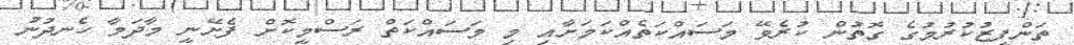
ތަންފީޒުކުރުމުގެ ގޮތުން ކުރެވޭ މަސައްކަތެއްކަމަށާއި މި މަސައްކަތް ރަސްމީކޮށް ފެށޭނީ މާދަމާ ހެނދުނު